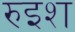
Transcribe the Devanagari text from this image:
रुइश